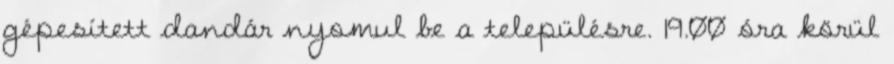
gépesített dandár nyomul be a településre. 19.00 óra körül